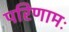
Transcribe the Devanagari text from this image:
परिणामः